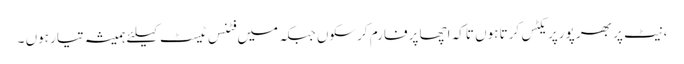
،نیٹ پر بھر پورپریکٹس کرتا ہوں تاکہ اچھا پرفارم کرسکوں جبکہ میں فٹنس ٹیسٹ کیلئے ہمیشہ تیار ہوں ۔